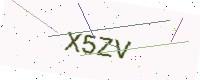
Text: X5ZV